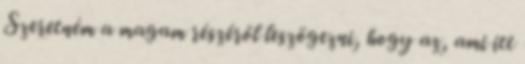
Szeretném a magam részéről leszögezni, hogy az, ami itt